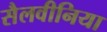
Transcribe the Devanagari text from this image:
सैलवीनिया